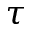
\tau